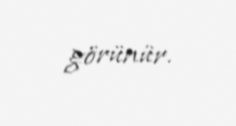
görünür.